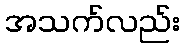
အသက်လည်း